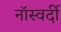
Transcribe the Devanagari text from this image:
नॉस्वर्दी